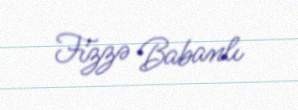
Fizzə Babanlı